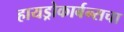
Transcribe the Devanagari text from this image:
हायड्रोकार्बन्सचा